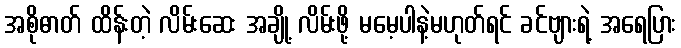
အစိုဓာတ် ထိန်းတဲ့ လိမ်းဆေး အချို့ လိမ်းဖို့ မမေ့ပါနဲ့မဟုတ်ရင် ခင်ဗျားရဲ့ အရေပြား